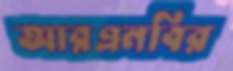
আরএনবির